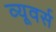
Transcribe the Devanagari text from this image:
व्यूवर्स